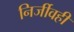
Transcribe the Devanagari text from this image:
निर्जीवही